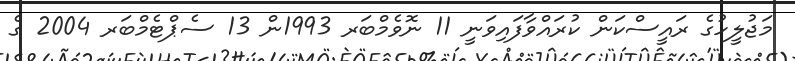
މަޖުލީހުގެ ރައީސްކަން ކުރައްވާފައިވަނީ 11 ނޮވެމްބަރ 1993ން 13 ސެޕްޓެމްބަރ 2004 ގެ